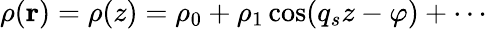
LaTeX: \rho(\mathbf{r})=\rho(z)=\rho_{0}+\rho_{1}\cos(q_{s}z-\varphi)+\cdots